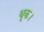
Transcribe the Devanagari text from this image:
थूक।